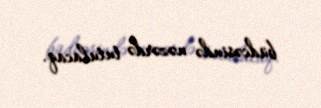
büdcəsində nəzərdə tutulacaq.